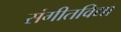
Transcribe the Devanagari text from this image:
संगीतविद्या